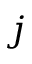
j